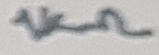
Text: 1KΩ